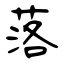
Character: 落